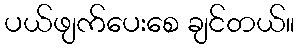
ပယ်ဖျက်ပေးစေ ချင်တယ်။